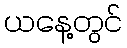
ယနေ့တွင်